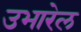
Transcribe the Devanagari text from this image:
उभारेल